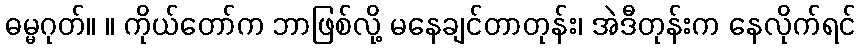
ဓမ္မဂုတ်။ ။ ကိုယ်တော်က ဘာဖြစ်လို့ မနေချင်တာတုန်း၊ အဲဒီတုန်းက နေလိုက်ရင်